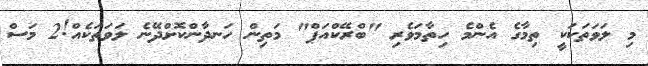
މި ލަވަތަކަކީ ތިމާގެ އެންމެ ހިތާމަވެރި "ބްރޭކްއަޕް" މަތިން ހަނދާންކޮށްދޭނެ ލަވަތަކެއް!2 މަސް